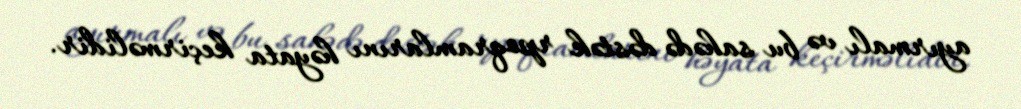
ayırmalı və bu sahədə dəstək rpoqramlarını həyata keçirməlidir.